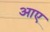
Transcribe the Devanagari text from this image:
अाए